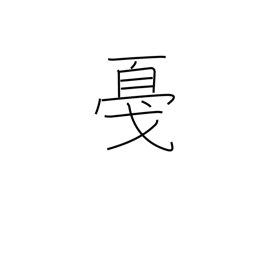
Meaning: tap or strike lightly